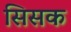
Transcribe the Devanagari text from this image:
सिसक